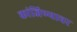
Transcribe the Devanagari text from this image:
कांजिण्यावर